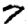
Digit: 7